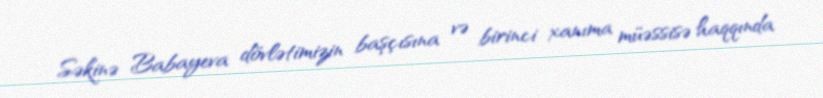
Səkinə Babayeva dövlətimizin başçısına və birinci xanıma müəssisə haqqında